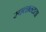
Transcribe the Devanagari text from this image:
स्‍वच्‍छन्‍दता